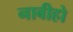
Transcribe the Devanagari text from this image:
नाबीहो